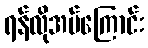
ရန်လိုအပ်ကြောင်း